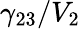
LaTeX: \gamma_{23}/V_{2}